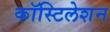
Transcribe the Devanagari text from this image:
कॉस्टिलेशन